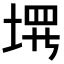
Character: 𪣰